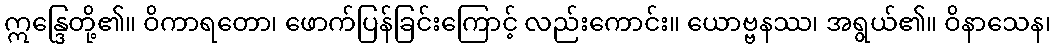
ဣန္ဒြေတို့၏။ ဝိကာရတော၊ ဖောက်ပြန်ခြင်းကြောင့် လည်းကောင်း။ ယောဗ္ဗနဿ၊ အရွယ်၏။ ဝိနာသေန၊